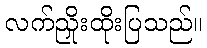
လက်ညှိုးထိုးပြသည်။